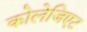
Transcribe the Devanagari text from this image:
कोलेजिएट